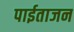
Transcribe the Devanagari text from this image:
पाईताजन